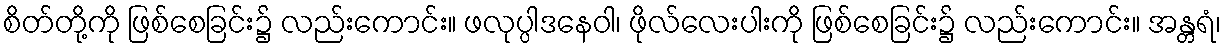
စိတ်တို့ကို ဖြစ်စေခြင်း၌ လည်းကောင်း။ ဖလုပ္ပါဒနေဝါ၊ ဖိုလ်လေးပါးကို ဖြစ်စေခြင်း၌ လည်းကောင်း။ အန္တရံ၊